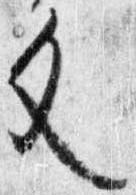
文